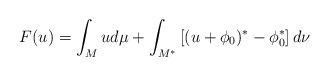
LaTeX: \begin{align*}F(u) = \int_{M} u d\mu + \int_{M^*} \left[(u+\phi_0)^* - \phi_0^* \right]d\nu\end{align*}